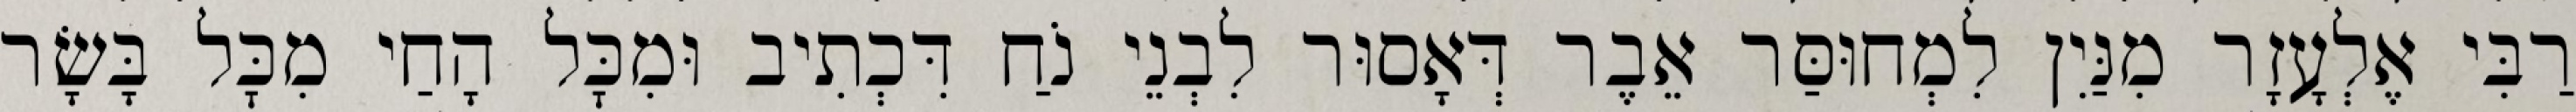
רַבִּי אֶלְעָזָר מִנַּיִן לִמְחוּסַּר אֵבֶר דְּאָסוּר לִבְנֵי נֹחַ דִּכְתִיב וּמִכׇּל הָחַי מִכׇּל בָּשָׂר